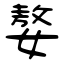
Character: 嫯